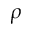
\rho